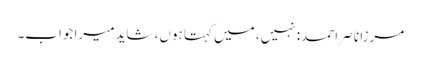
مرزا ناصر احمد: نہیں، میں کہتا ہوں، شاید میرا جواب۔